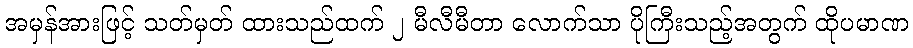
အမှန်အားဖြင့် သတ်မှတ် ထားသည်ထက် ၂ မီလီမီတာ လောက်သာ ပိုကြီးသည့်အတွက် ထိုပမာဏ